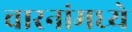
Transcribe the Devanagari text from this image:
चारनांमध्ये